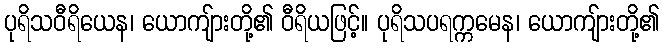
ပုရိသဝီရိယေန၊ ယောကျ်ားတို့၏ ဝီရိယဖြင့်။ ပုရိသပရက္ကမေန၊ ယောကျ်ားတို့၏